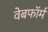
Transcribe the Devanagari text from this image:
वेबफॉर्म